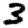
Digit: 3